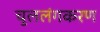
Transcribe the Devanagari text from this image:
चुललंगकरण